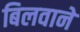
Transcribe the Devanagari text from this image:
बिलवाने